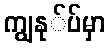
ကျွနု်ပ်မှာ